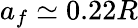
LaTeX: a_{f}\simeq 0.22R